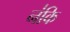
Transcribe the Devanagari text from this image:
न॑कि